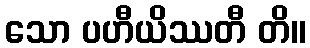
သော ပဟီယိဿတီ တိ။